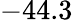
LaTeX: -44.3